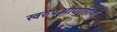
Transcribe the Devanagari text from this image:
स्वरुपऔद्योगिक